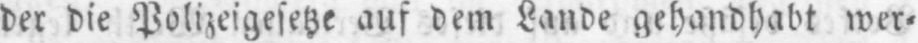
der die Polizeigesetze auf dem Lande gehandhabt wer⸗